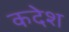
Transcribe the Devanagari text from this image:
कदेश